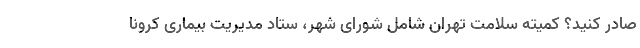
صادر کنید؟ کمیته سلامت تهران شامل شورای شهر، ستاد مدیریت بیماری کرونا